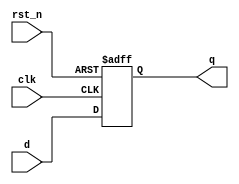
module d_flip_flop (
    input wire clk,        // Clock input
    input wire rst_n,     // Active low reset
    input wire d,         // Data input
    output reg q          // Data output
);

// Always block sensitive to the negative edge of the clock
always @(negedge clk or negedge rst_n) begin
    if (!rst_n) begin
        // Asynchronous reset
        q <= 1'b0; // Initialize output to 0 on reset
    end else begin
        // Capture data on the negative edge of the clock
        q <= d; // Update output with data input
    end
end

endmodule